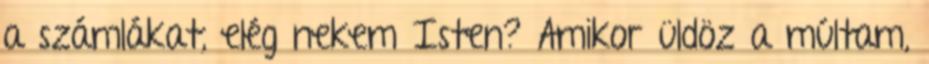
a számlákat, elég nekem Isten? Amikor üldöz a múltam,